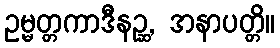
ဥမ္မတ္တကာဒီနဉ္ဆ, အနာပတ္တိ။